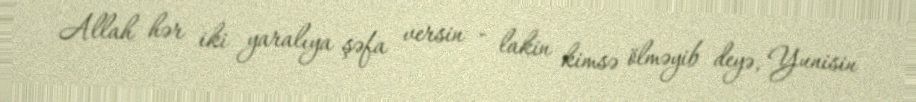
Allah hər iki yaralıya şəfa versin - lakin kimsə ölməyib deyə, Yunisin